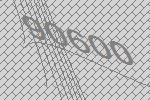
90600